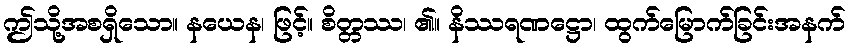
ဤသို့အစရှိသော။ နယေန၊ ဖြင့်။ စိတ္တဿ၊ ၏။ နိဿရဏဋ္ဌော၊ ထွက်မြောက်ခြင်းအနက်